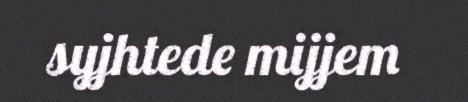
syjhtede mijjem